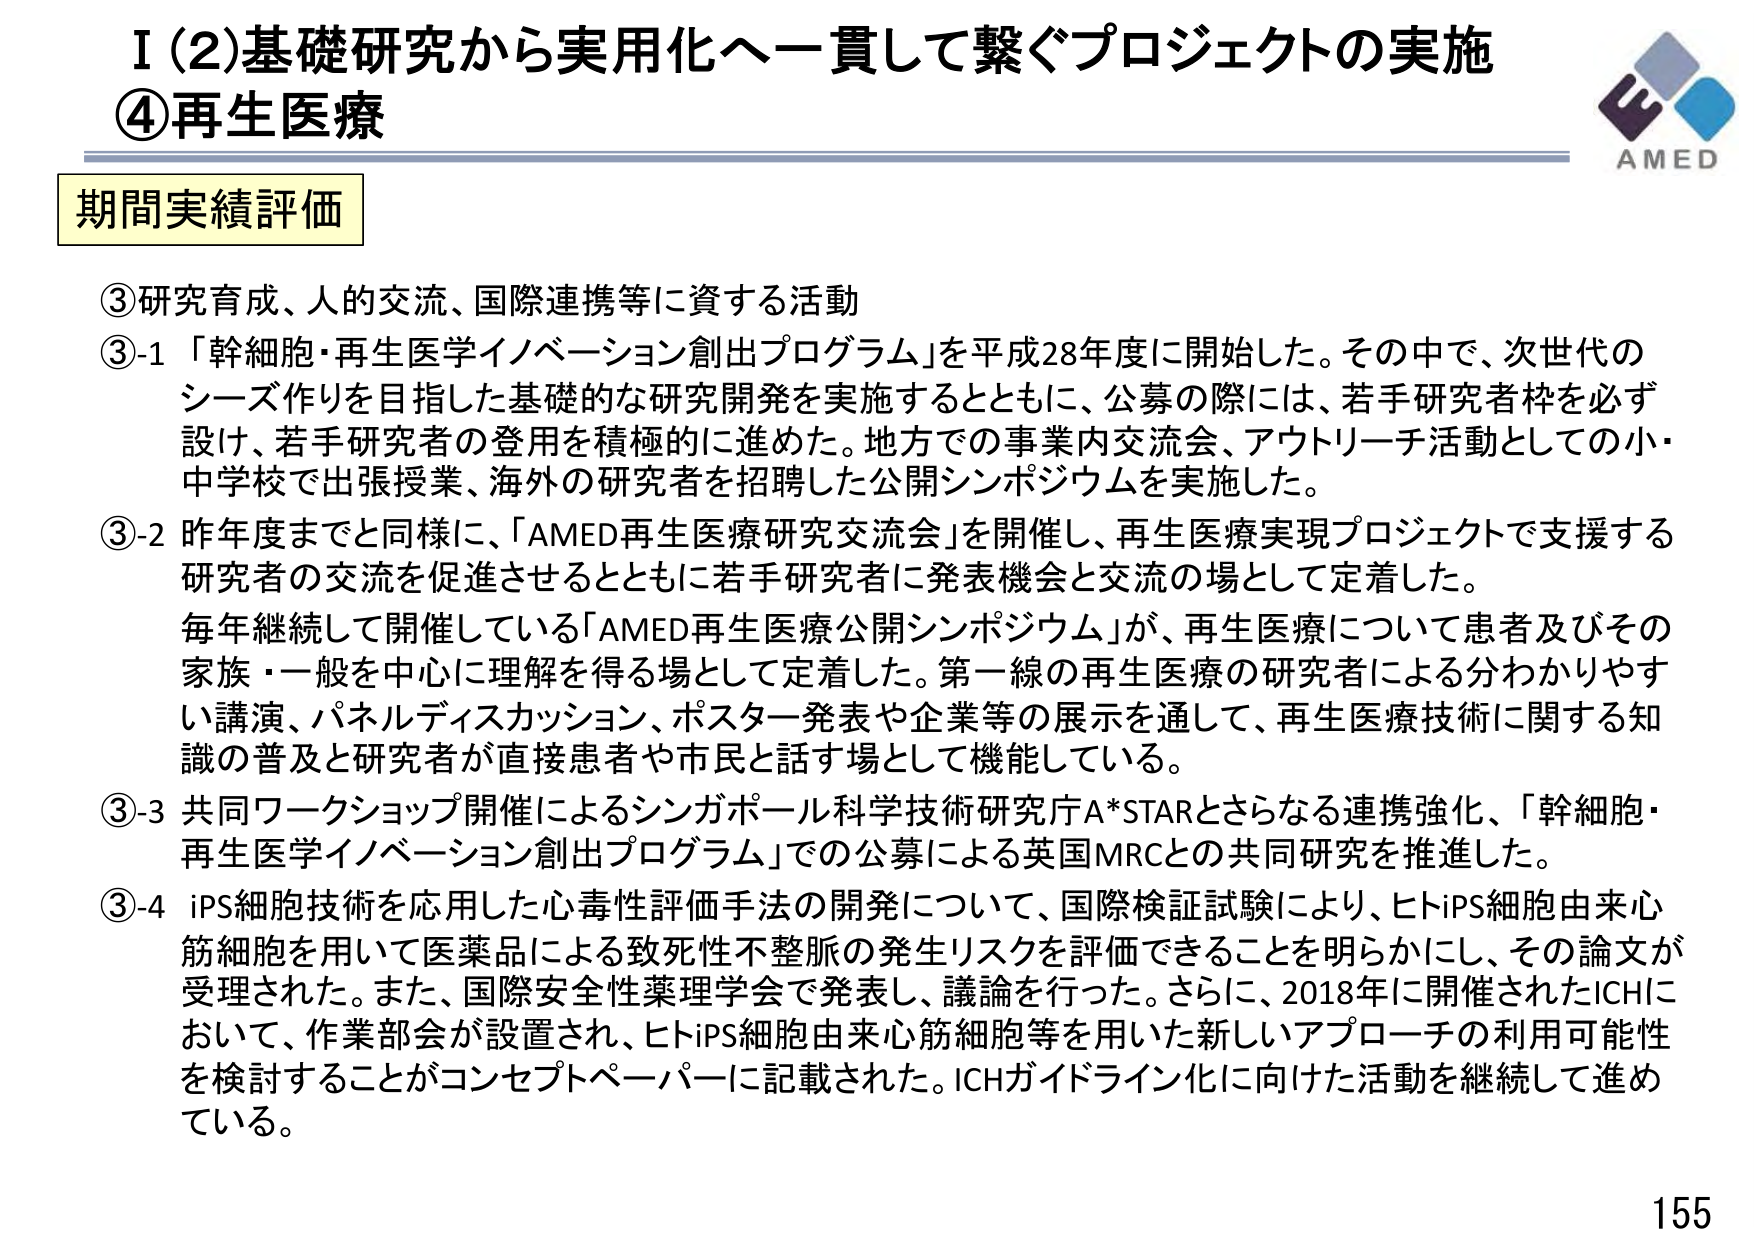
I（2）基礎研究から実用化へ一貫して繋ぐプロジェクトの実施
④再生医療

期間実績評価

③研究育成、人的交流、国際連携等に資する活動
③-1 「幹細胞・再生医学イノベーション創出プログラム」を平成28年度に開始した。その中で、次世代の
シーズ作りを目指した基礎的な研究開発を実施するとともに、公募の際には、若手研究者枠を必ず
設け、若手研究者の登用を積極的に進めた。地方での事業内交流会、アウトリーチ活動としての小・
中学校で出張授業、海外の研究者を招聘した公開シンポジウムを実施した。
③-2 昨年度までと同様に、「AMED再生医療研究交流会」を開催し、再生医療実現プロジェクトで支援する
研究者の交流を促進させるとともに若手研究者に発表機会と交流の場として定着した。
毎年継続して開催している「AMED再生医療公開シンポジウム」が、再生医療について患者及びその
家族・一般を中心に理解を得る場として定着した。第一線の再生医療の研究者による分かりやすい
講演、パネルディスカッション、ポスター発表や企業等の展示を通して、再生医療技術に関する知
識の普及と研究者が直接患者や市民と話す場として機能している。
③-3 共同ワークショップ開催によるシンガポール科学技術研究庁A*STARとさらなる連携強化、「幹細胞・
再生医学イノベーション創出プログラム」での公募による英国MRCとの共同研究を推進した。
③-4 iPS細胞技術を応用した心毒性評価手法の開発について、国際検証試験により、ヒトiPS細胞由来心
筋細胞を用いて医薬品による致死性不整脈の発生リスクを評価できることを明らかにし、その論文が
受理された。また、国際安全性薬理学会で発表し、議論を行った。さらに、2018年に開催されたICHに
おいて、作業部会が設置され、ヒトiPS細胞由来心筋細胞等を用いた新しいアプローチの利用可能性
を検討することがコンセプトペーパーに記載された。ICHガイドライン化に向けた活動を継続して進め
ている。

AMED
155